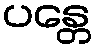
ပန္တေ